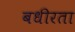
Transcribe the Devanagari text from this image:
बधीरता